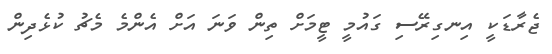
ޖެރާޑަކީ އިނގިރޭސި ގައުމީ ޓީމަށް ތިން ވަނަ އަށް އެންމެ މެޗު ކުޅެދިން